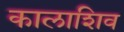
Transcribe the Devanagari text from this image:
कालाशिव